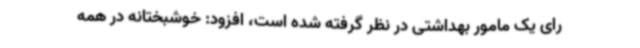
رای یک مامور بهداشتی در نظر گرفته شده است، افزود: خوشبختانه در همه